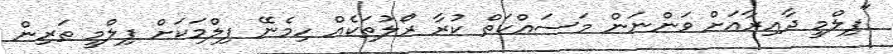
"ފިލްމީ ދާއިރާއަށް ވަންނަން މަސައްކަތް ކުރާ ރޯލުތަކެއް ހިމެނޭ ފިލްމަކަށް ފިލްމީ ތަރިން